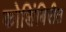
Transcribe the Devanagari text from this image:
कोशिंबिरीत